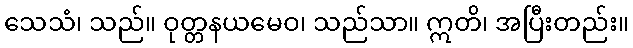
သေသံ၊ သည်။ ဝုတ္တနယမေဝ၊ သည်သာ။ ဣတိ၊ အပြီးတည်း။